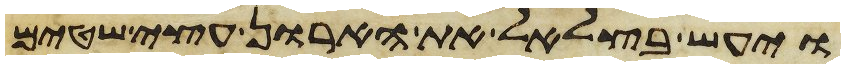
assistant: ויעש בצלאל את הארון עצי שטים